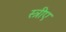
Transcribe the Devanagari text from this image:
स्त्रीए